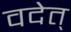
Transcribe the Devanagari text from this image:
वदेत्